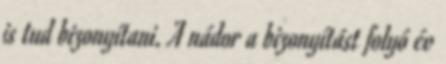
is tud bizonyítani. A nádor a bizonyítást folyó év